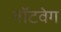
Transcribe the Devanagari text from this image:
गॉटवेग